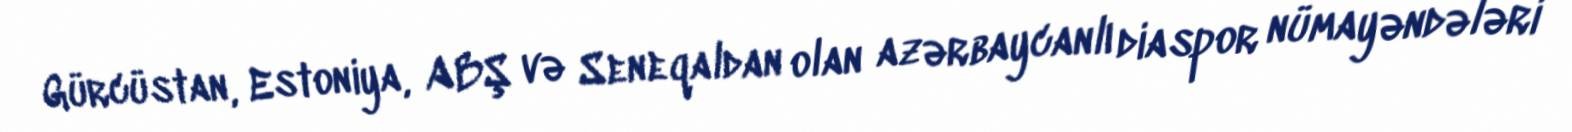
Gürcüstan, Estoniya, ABŞ və Seneqaldan olan azərbaycanlı diaspor nümayəndələri